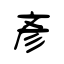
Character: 彥